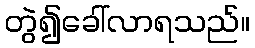
တွဲ၍ခေါ်လာရသည်။